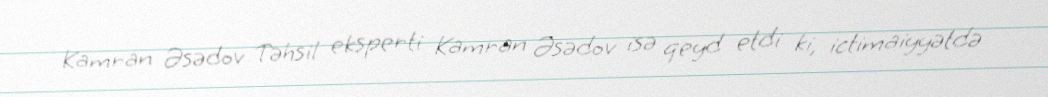
Kamran Əsədov Təhsil eksperti Kamran Əsədov isə qeyd etdi ki, ictimaiyyətdə